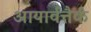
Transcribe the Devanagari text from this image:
आयार्वत्तैर्क